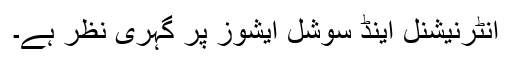
انٹرنیشنل اینڈ سوشل ایشوز پر گہری نظر ہے۔